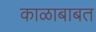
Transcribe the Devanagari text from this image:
काळाबाबत